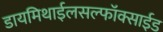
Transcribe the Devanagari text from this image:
डायमिथाईलसल्फॉक्साईड